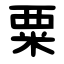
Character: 粟